Vaccination in Bombay 1889-1901 - 1889-1901
Year: 1889
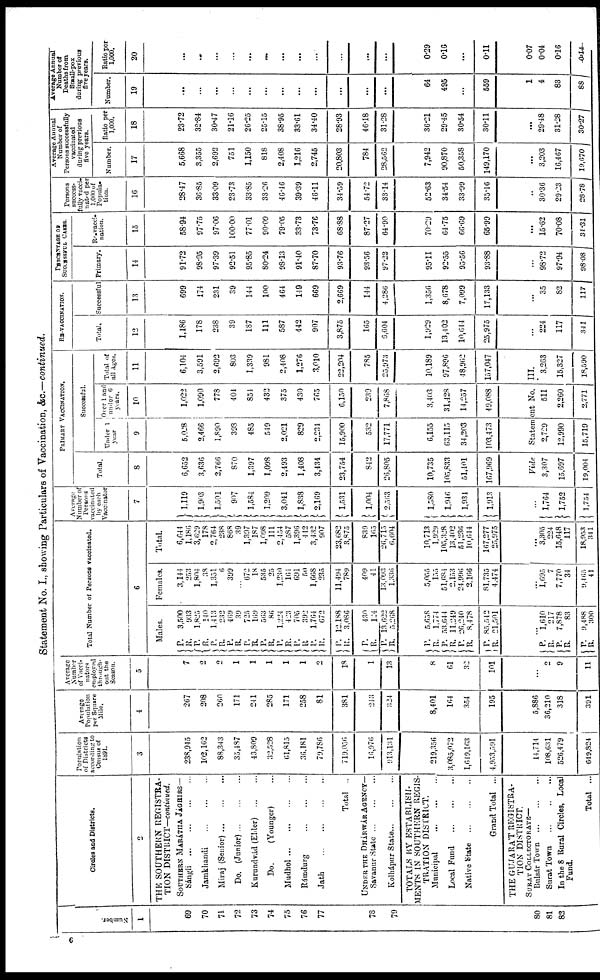
Statement No. I., showing Particulars of Vaccination, &c.—continued.
Number.
1
69
70
71
72
73
74
75
76
77
78
79
80
81
83
Circles and Districts.
2
THE SOUTHERN REGISTRA-
TION DISTRICT—continued.
SOUTHERN MARÁTHA JÁGHIRS—
Sángli
...
...
...
Jamkhandi
...
...
...
Miraj (Senior)
...
...
...
Do. (Junior)
...
...
...
Kurundvád (Elder)
...
...
Do.
(Younger) ...
Mudhol
...
...
...
Rámdurg
...
...
...
Jath
...
...
...
Total ..
UNDER THE DHÁRWÁR AGENCY—
Savanur State
...
...
...
Kolhápur State
...
...
...
TOTALS MY ESTABLISH-
MENTS IN SOUTHERN REGIS-
TRATION DISTRICT
Municipal
...
...
...
Local Fund
...
...
...
Native State
...
...
...
Grand Total ...
THE GUJARAT REGISTRA-
TION DISTRICT.
SURAT COLLECTORATE—
Bulsár Town
...
...
...
Surat Town
...
...
...
In the 8 Rural Circles, Local
Fund.
Total ...
Population
of Districts
according to
Census of
1891.
3
238,945
102,162
88,343
35,487
43,809
32,528
61,815
36,181
79,786
719,056
16,976
913,131
219,356
3,085,072
1,619,163
4,953,591
14,714
108,631
526,479
649,824
Average
Population
per Square
Mile.
4
267
208
260
171
241
285
171
258
81
381
243
324
8,401
164
354
195
5,886
36,210
318
391
Average
Number
of Vacci-
nators
employed
through-
out the
Season.
5
7
2
2
1
1
1
1
1
2
18
1
13
8
61
32
101
...
2
9
11
Total Number of Persons vaccinated.
6
Males.
P.
R.
P.
R.
P.
R.
P.
R.
P.
R.
P.
R.
P.
R.
P.
R.
P.
R.
P.
R.
P.
R.
P.
R.
P.
R.
P.
R.
P.
R.
P.
R.
...
P.
R.
P.
R.
P.
R.
3,500
933
1,825
140
1,413
232
469
39
725
169
563
86
1,224
423
705
392
1,764
672
12,188
3,086
430
124
13,622
5,268
5,658
1,774
53,644
11,249
26,240
8,478
85,542
21,501
...
1,610
217
7,878
83
9,488
300
Females.
3,144
253
1,804
38
1,351
6
399
...
672
18
535
25
1,230
161
691
50
1,668
235
11,494
789
409
41
13,093
1,336
5,055
155
51,684
2,153
24,996
2,166
81,735
4,474
...
1,695
7
7,770
34
9,465
41
Total.
6,644
1,186
3,629
178
2,764
238
868
39
1,397
187
1,098
111
2,454
587
1,396
442
3,432
907
23,682
3,875
839
165
26,715
6,604
10,713
1,929
105,328
13,402
51,236
10,614
167,277
25,975
...
3,305
224
15,648
117
18,953
341
Average
Number of
Persons
vaccinated
by each
Vaccinator
7
1,119
1,903
1,501
907
1,584
1,209
3,041
1,838
2,169
1,531
1,004
2,563
1,580
1,946
1,934
1,913
...
1,764
1,752
1,754
PRIMARY VACCINATION.
Total.
8
6,652
3,636
2,766
870
1,397
1,098
2,493
1,408
3,434
23,754
842
26,805
10,735
105,833
51,401
167,969
Successful.
Under 1
year
9
5,028
2,406
1,890
393
485
549
2,021
829
2,234
15,900
532
17,771
6,155
63,115
34,203
103,473
Over 1 and
under 6
years.
10
1,022
1,090
778
404
854
432
375
430
765
6,150
239
7,868
3,403
31,428
14,257
49,088
Total of
all Ages.
11
6,104
3,591
2,692
803
1,339
981
2,408
1,276
3,010
22,204
785
25,973
10,189
97,896
48,962
157,047
Vide
Statement No.
III.
3,307
15,697
19,004
2,729
12,990
15,719
511
2,260
2,771
3,263
15,327
18,590
RE-VACCINATION.
Total.
12
1,186
178
238
39
187
111
587
442
907
3,875
165
6,604
1,929
13,402
10,644
25,975
...
224
117
341
Successful
13
699
174
231
39
144
100
464
149
669
2,669
144
4,286
1,356
8,678
7,099
17,133
...
35
82
117
PERCENTAGE OF
SUCCESSFUL CASES.
Primary.
14
91.72
98.95
97.39
92.51
95.85
80.24
98.13
91.40
87.70
93.76
93.56
97.22
95.11
92.55
95.56
93.88
...
98.72
97.94
98.08
Re-vacci-
nation.
15
58.94
97.75
97.06
100.00
77.01
90.09
79.05
33.73
73.76
68.88
87.27
64.90
70.29
64.75
66.69
65.99
...
15.62
70.08
34.31
Persons
success-
fully vacci-
nated per
1,000 of
Popula-
tion.
16
28.47
36.85
33.09
23.73
33.85
33.26
46.46
39.39
46.11
34.59
54.72
33.14
52.63
34.54
33.99
35.16
..
30.36
29.23
28.78
Average Annual
Number of
Persons successfully
vaccinated
during previous
five years.
Number.
17
5,668
3,355
2,692
751
1,150
818
2,408
1,216
2,745
20,803
784
28,562
7,942
90,870
50,358
149,170
...
3,203
16,467
19,670
Ratio per
1,000.
18
23.72
32.84
30.47
21.16
26.25
25.15
38.95
33.61
34.40
28.93
46.18
31.28
36.21
29.45
30.54
30.11
...
29.48
31.28
30.27
Average Annual
Number of
Deaths from
Small-pox
during previous
five years.
Number,
19
...
...
...
...
...
...
...
...
...
...
...
...
64
495
...
559
1
4
83
88
Ratio per
1,000.
20
...
...
...
...
...
...
...
...
...
...
...
...
0.29
0.16
...
0.11
0.07
0.04
0.16
0.14
6